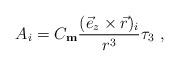
LaTeX: \begin{align*}A_i = C_{\rm \bf m}\frac{(\vec{e}_z \times \vec{r})_i}{r^3} \tau_3 \ ,\end{align*}